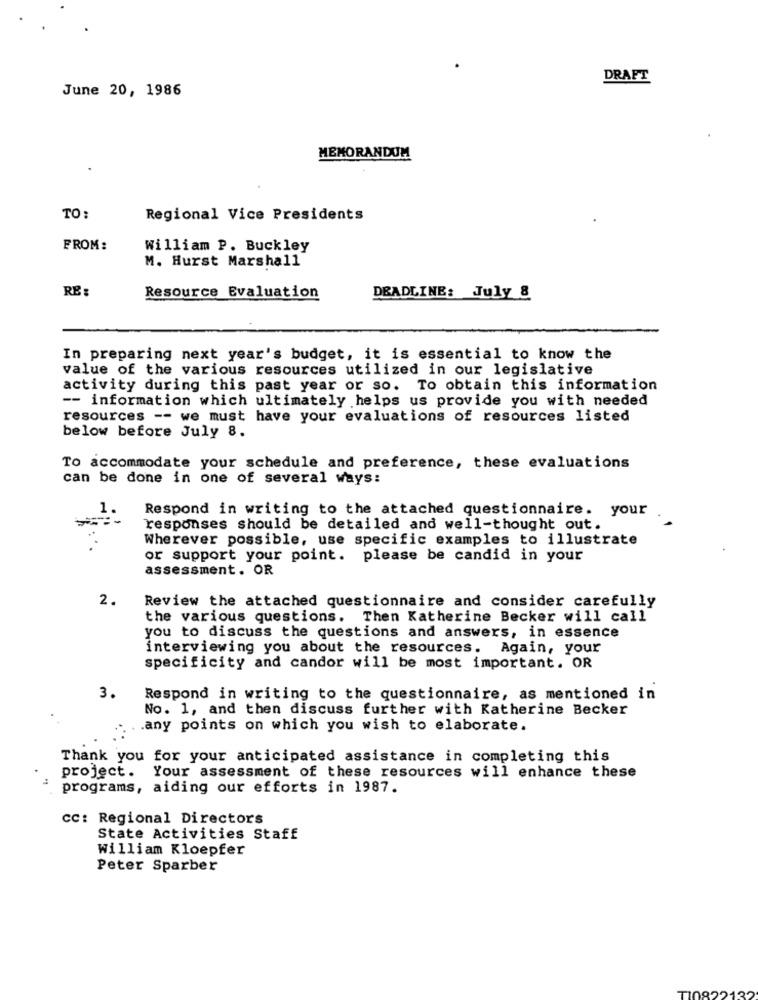
DRAFT
June 20, 1986
MEMORANDUM
TO:
Regional Vice Presidents
FROM:
William P. Buckley
M. Hurst Marshall
RE :
Resource Evaluation
DEADLINE: July 8
In preparing next year's budget, it is essential to know the
value of the various resources utilized in our legislative
activity during this past year or so. To obtain this information
-- information which ultimately helps us provide you with needed
resources -- we must have your evaluations of resources listed
below before July 8.
To accommodate your schedule and preference, these evaluations
can be done in one of several ways:
Respond in writing to the attached questionnaire. your
responses should be detailed and well-thought out.
Wherever possible, use specific examples to illustrate
or support your point. please be candid in your
assessment. OR
2.
Review the attached questionnaire and consider carefully
the various questions. Then Katherine Becker will call
you to discuss the questions and answers, in essence
interviewing you about the resources.
Again, your
specificity and candor will be most important. OR
3.
Respond in writing to the questionnaire, as mentioned in
No. 1, and then discuss further with Katherine Becker
.any points on which you wish to elaborate.
Thank you for your anticipated assistance in completing this
project. Your assessment of these resources will enhance these
programs, aiding our efforts in 1987.
CC: Regional Directors
State Activities Staff
William Kloepfer
Peter Sparber
T10822132